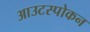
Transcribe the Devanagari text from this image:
आउटस्पोकन